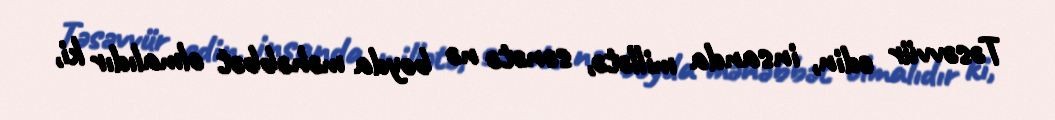
Təsəvvür edin, insanda millətə, sənətə nə boyda məhəbbət olmalıdır ki,